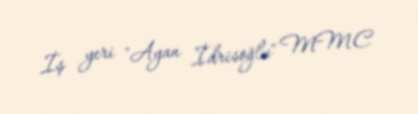
İş yeri "Ayan İdrisoğlu" MMC